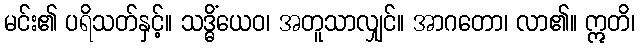
မင်း၏ ပရိသတ်နှင့်။ သဒ္ဓိံယေဝ၊ အတူသာလျှင်။ အာဂတော၊ လာ၏။ ဣတိ၊